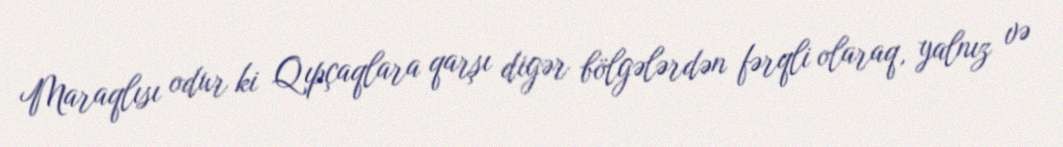
Maraqlısı odur ki Qıpçaqlara qarşı digər bölgələrdən fərqli olaraq, yalnız və